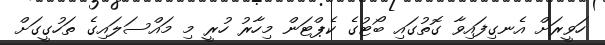
ހަވީރަށް އެނގިފައިވާ ގޮތުގައި ބޯޓުގެ ކެޕްޓަން މިހާރު ހުރީ މި މައްސަލައިގެ ތަހުގީގަށް